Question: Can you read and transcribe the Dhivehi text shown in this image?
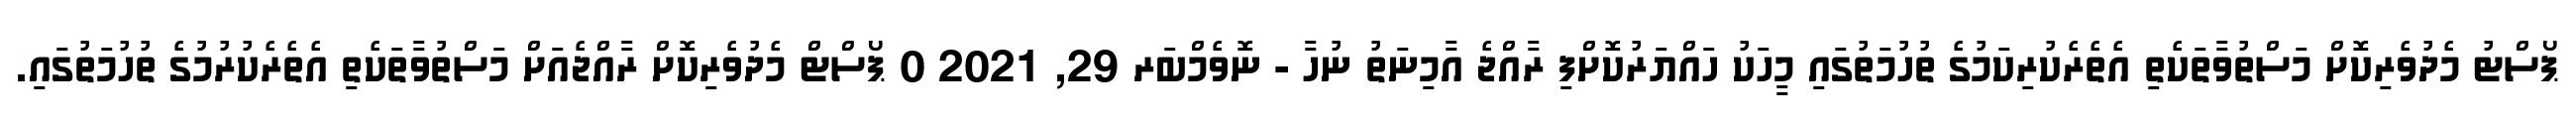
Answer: ޕޯސްޓު މެދުވެރިކޮށް މަސްތުވާތަކެތި އެތެރެކުރިކަމުގެ ތުހުމަތުގައި މީހަކު ހައްޔަރުކޮށްފި ރާއްޖެ އާމިނަތު ނުހާ - ނޮވެމްބަރ 29, 2021 0 ޕޯސްޓް މެދުވެރިކޮށް ރާއްޖެއަށް މަސްތުވާތަކެތި އެތެރެކުރުމުގެ ތުހުމަތުގައި.